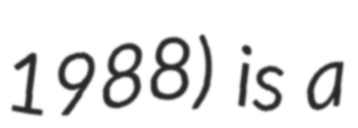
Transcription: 1988) is a